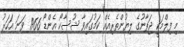
މި ފިލްމަކީ ޖަޕާނުގެ ލިޔުންތެރިއެއް ކަމުގައިވާ ޝުސާކޯ އެންޑޯ 1966 ވަނަ އަހަރު